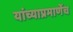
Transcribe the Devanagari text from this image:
यांच्याप्रमाणेंच